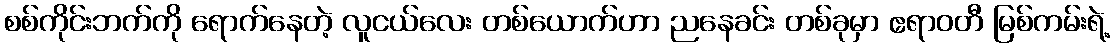
စစ်ကိုင်းဘက်ကို ရောက်နေတဲ့ လူငယ်လေး တစ်ယောက်ဟာ ညနေခင်း တစ်ခုမှာ ဧရာဝတီ မြစ်ကမ်းရဲ့